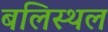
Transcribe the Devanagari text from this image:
बलिस्थल